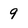
Character: 9